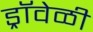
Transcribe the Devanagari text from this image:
ड्रॉवेळी